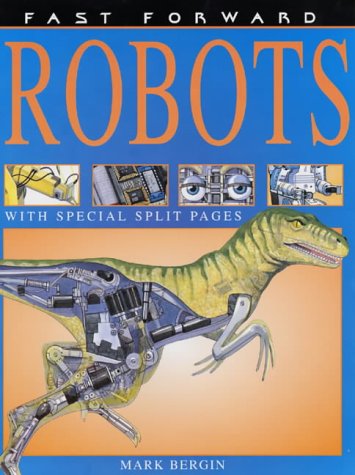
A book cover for Robots (Fast Forward); Mark Bergin; Children's Books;